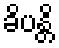
ခိပန္တိ